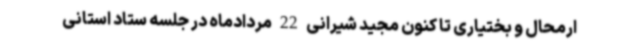
ارمحال و بختیاری تا کنون مجید شیرانی 22 مردادماه در جلسه ستاد استانی